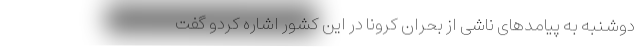
دوشنبه به پیامدهای ناشی از بحران کرونا در این کشور اشاره کردو گفت